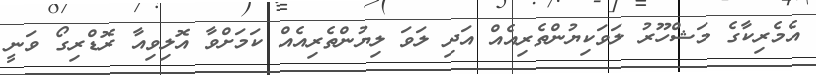
އެމެރިކާގެ މަޝްހޫރު ލަވަކިޔުންތެރިއެއް އަދި ލަވަ ލިޔުންތެރިއެއް ކަމަށްވާ އޮލިވިއާ ރޮޑްރިގޯ ވަނީ